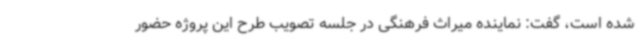
شده است، گفت: نماینده میراث فرهنگی در جلسه تصویب طرح این پروژه حضور